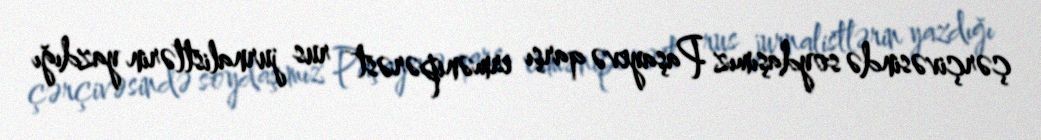
çərçivəsində soydaşımız Paşayevə qarşı ermənipərəst rus jurnalistlərin yazdığı